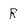
Character: r